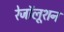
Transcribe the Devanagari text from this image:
रेजॉलूशन